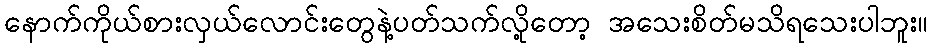
နောက်ကိုယ်စားလှယ်လောင်းတွေနဲ့ပတ်သက်လို့တော့ အသေးစိတ်မသိရသေးပါဘူး။